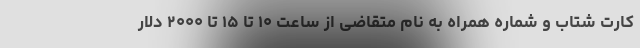
کارت شتاب و شماره همراه به نام متقاضی از ساعت ۱۰ تا ۱۵ تا ۲۰۰۰ دلار